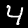
Digit: 4